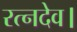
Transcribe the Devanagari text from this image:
रत्नदेव।